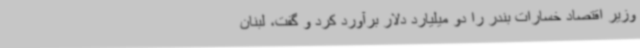
وزیر اقتصاد خسارات بندر را دو میلیارد دلار برآورد کرد و گفت، لبنان